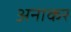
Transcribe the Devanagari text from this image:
अनाकर